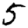
Digit: 5